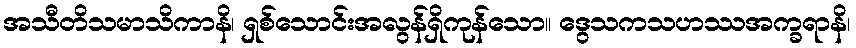
အသီတိသမာသိကာနိ၊ ရှစ်သောင်းအလွန်ရှိကုန်သော။ ဒွေသကသဟဿအက္ခရာနိ၊